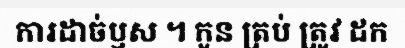
ការដាច់ឫស ។ កូន ត្រប់ ត្រូវ ដក